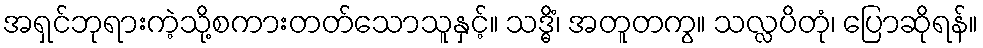
အရှင်ဘုရားကဲ့သို့စကားတတ်သောသူနှင့်။ သဒ္ဓိံ၊ အတူတကွ။ သလ္လပိတုံ၊ ပြောဆိုရန်။